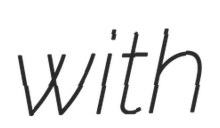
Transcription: with